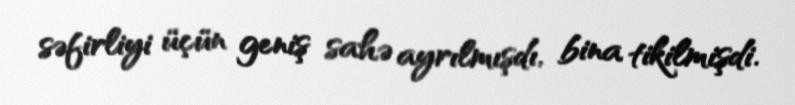
səfirliyi üçün geniş sahə ayrılmışdı, bina tikilmişdi.